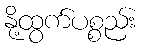
နို့ထွက်ပစ္စည်း